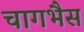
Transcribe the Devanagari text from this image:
चागभैस